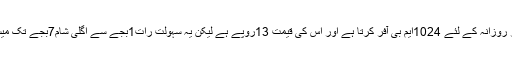
ٹیلی نار روزانہ کے لئے 1024ایم بی آفر کرتا ہے اور اس کی قیمت 13روپے ہے لیکن یہ سہولت رات1بجے سے اگلی شام7بجے تک میسر ہے۔